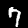
Label: 7